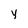
Character: y